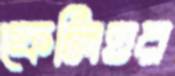
ফেলিওর